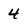
Character: 4